Lunatic asylums Punjab 1911-1921 - 1911-1921
Year: 1911
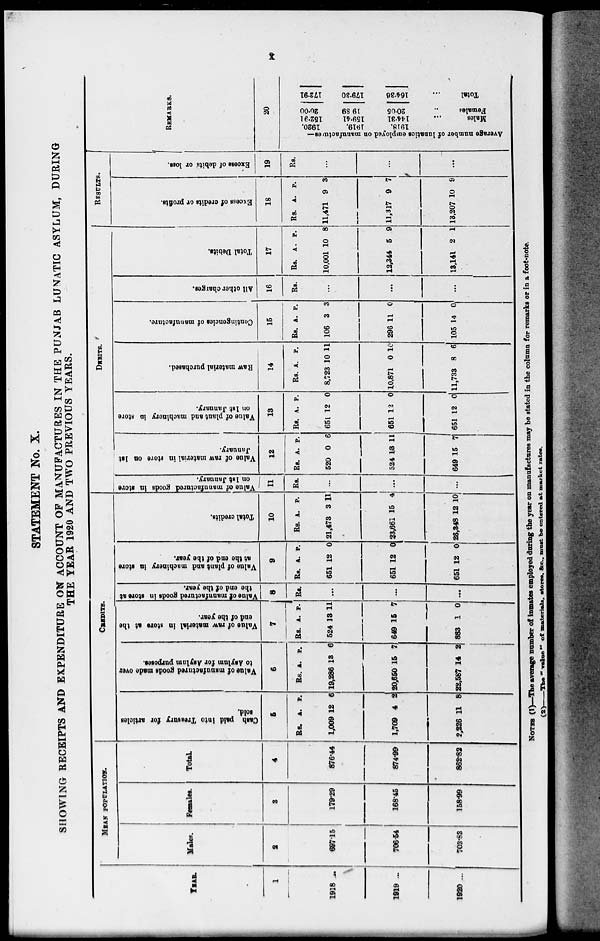
x
STATEMENT No. X.
SHOWING RECEIPTS AND EXPENDITURE ON ACCOUNT OF MANUFACTURES IN THE PUNJAB LUNATIC ASYLUM, DURING
THE YEAR 1920 AND TWO PREVIOUS YEARS.
YEAR.
1
1918 ...
1919
...
1920 ...
MEAN POPULATION.
Males.
2
697.15
706.54
703.83
Females.
3
179.29
168.45
158.99
Total.
4
876.44
874.99
862.82
CREDITS.
Cash paid into Treasury
for articles
sold.
5
Rs.
1,009
1,709
2,226
A.
12
4
11
P.
6
2
8
Valae of manufactured goods made over
to Asylum for Asylum purposes.
6
Rs.
19,286
20,650
22,587
A.
13
15
14
P.
6
7
2
Value of raw material in store at the
end of the year.
7
Rs.
524
649
883
A.
13
15
1
P.
11
7
0
value of manufactured goods in store at
the end of the year.
8
Rs.
...
...
...
Value of plant and machinery in store
at the end of the year.
9
Rs.
651
651
651
A.
12
12
12
P.
0
0
0
Total credits.
10
Rs.
21,473
23,661
26,348
A.
3
15
12
P.
11
4
10
DEBITS.
Value of manufactured goods in store
on 1st January.
11
Rs.
...
...
...
Value of raw material in store on 1st
January.
12
Rs.
520
524
649
A.
0
13
15
P.
6
11
7
Value of plant and machinery in store
on 1st January.
13
Rs.
651
651
651
A.
12
12
12
P.
0
0
0
Raw material purchased.
14
Rs.
8,723
10,871
11,733
A.
10
0
8
P.
11
10
6
Contingencies of manufacture.
15
Rs.
106
296
105
A.
3
11
14
P.
3
0
0,
All other charges.
16
Rs.
...
...
...
Total Debits.
17
Rs.
10,001
12,344
13,141
A.
10
5
2
P.
8
9
1
RESULTS.
Excess of credits or profits.
18
Rs.
11,471
11,317
13,207
A.
9
9
10
P.
3
7
9
Excess of debits or loss.
19
Rs.
...
...
...
REMARKS.
20
Average number of lunatics employed on manufactures—
1920.
1919.
1918.
152.91
159.41
144.31
Males ...
20.00
19.89
20.05
Females ...
172.91
179.30
164.36
Total ...
NOTES (1)—The average number of inmates employed during the year on manufactures may be stated in the column for remarks or in a foot-note.
(2)—The
"value"
of materials, stores, &c., must be entered at market rates.